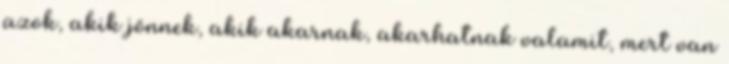
azok, akik jönnek, akik akarnak, akarhatnak valamit, mert van